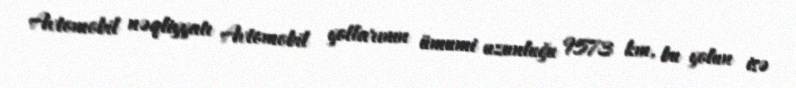
Avtomobil nəqliyyatı Avtomobil yollarının ümumi uzunluğu 9573 km, bu yolun isə